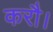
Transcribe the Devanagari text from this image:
करौ।